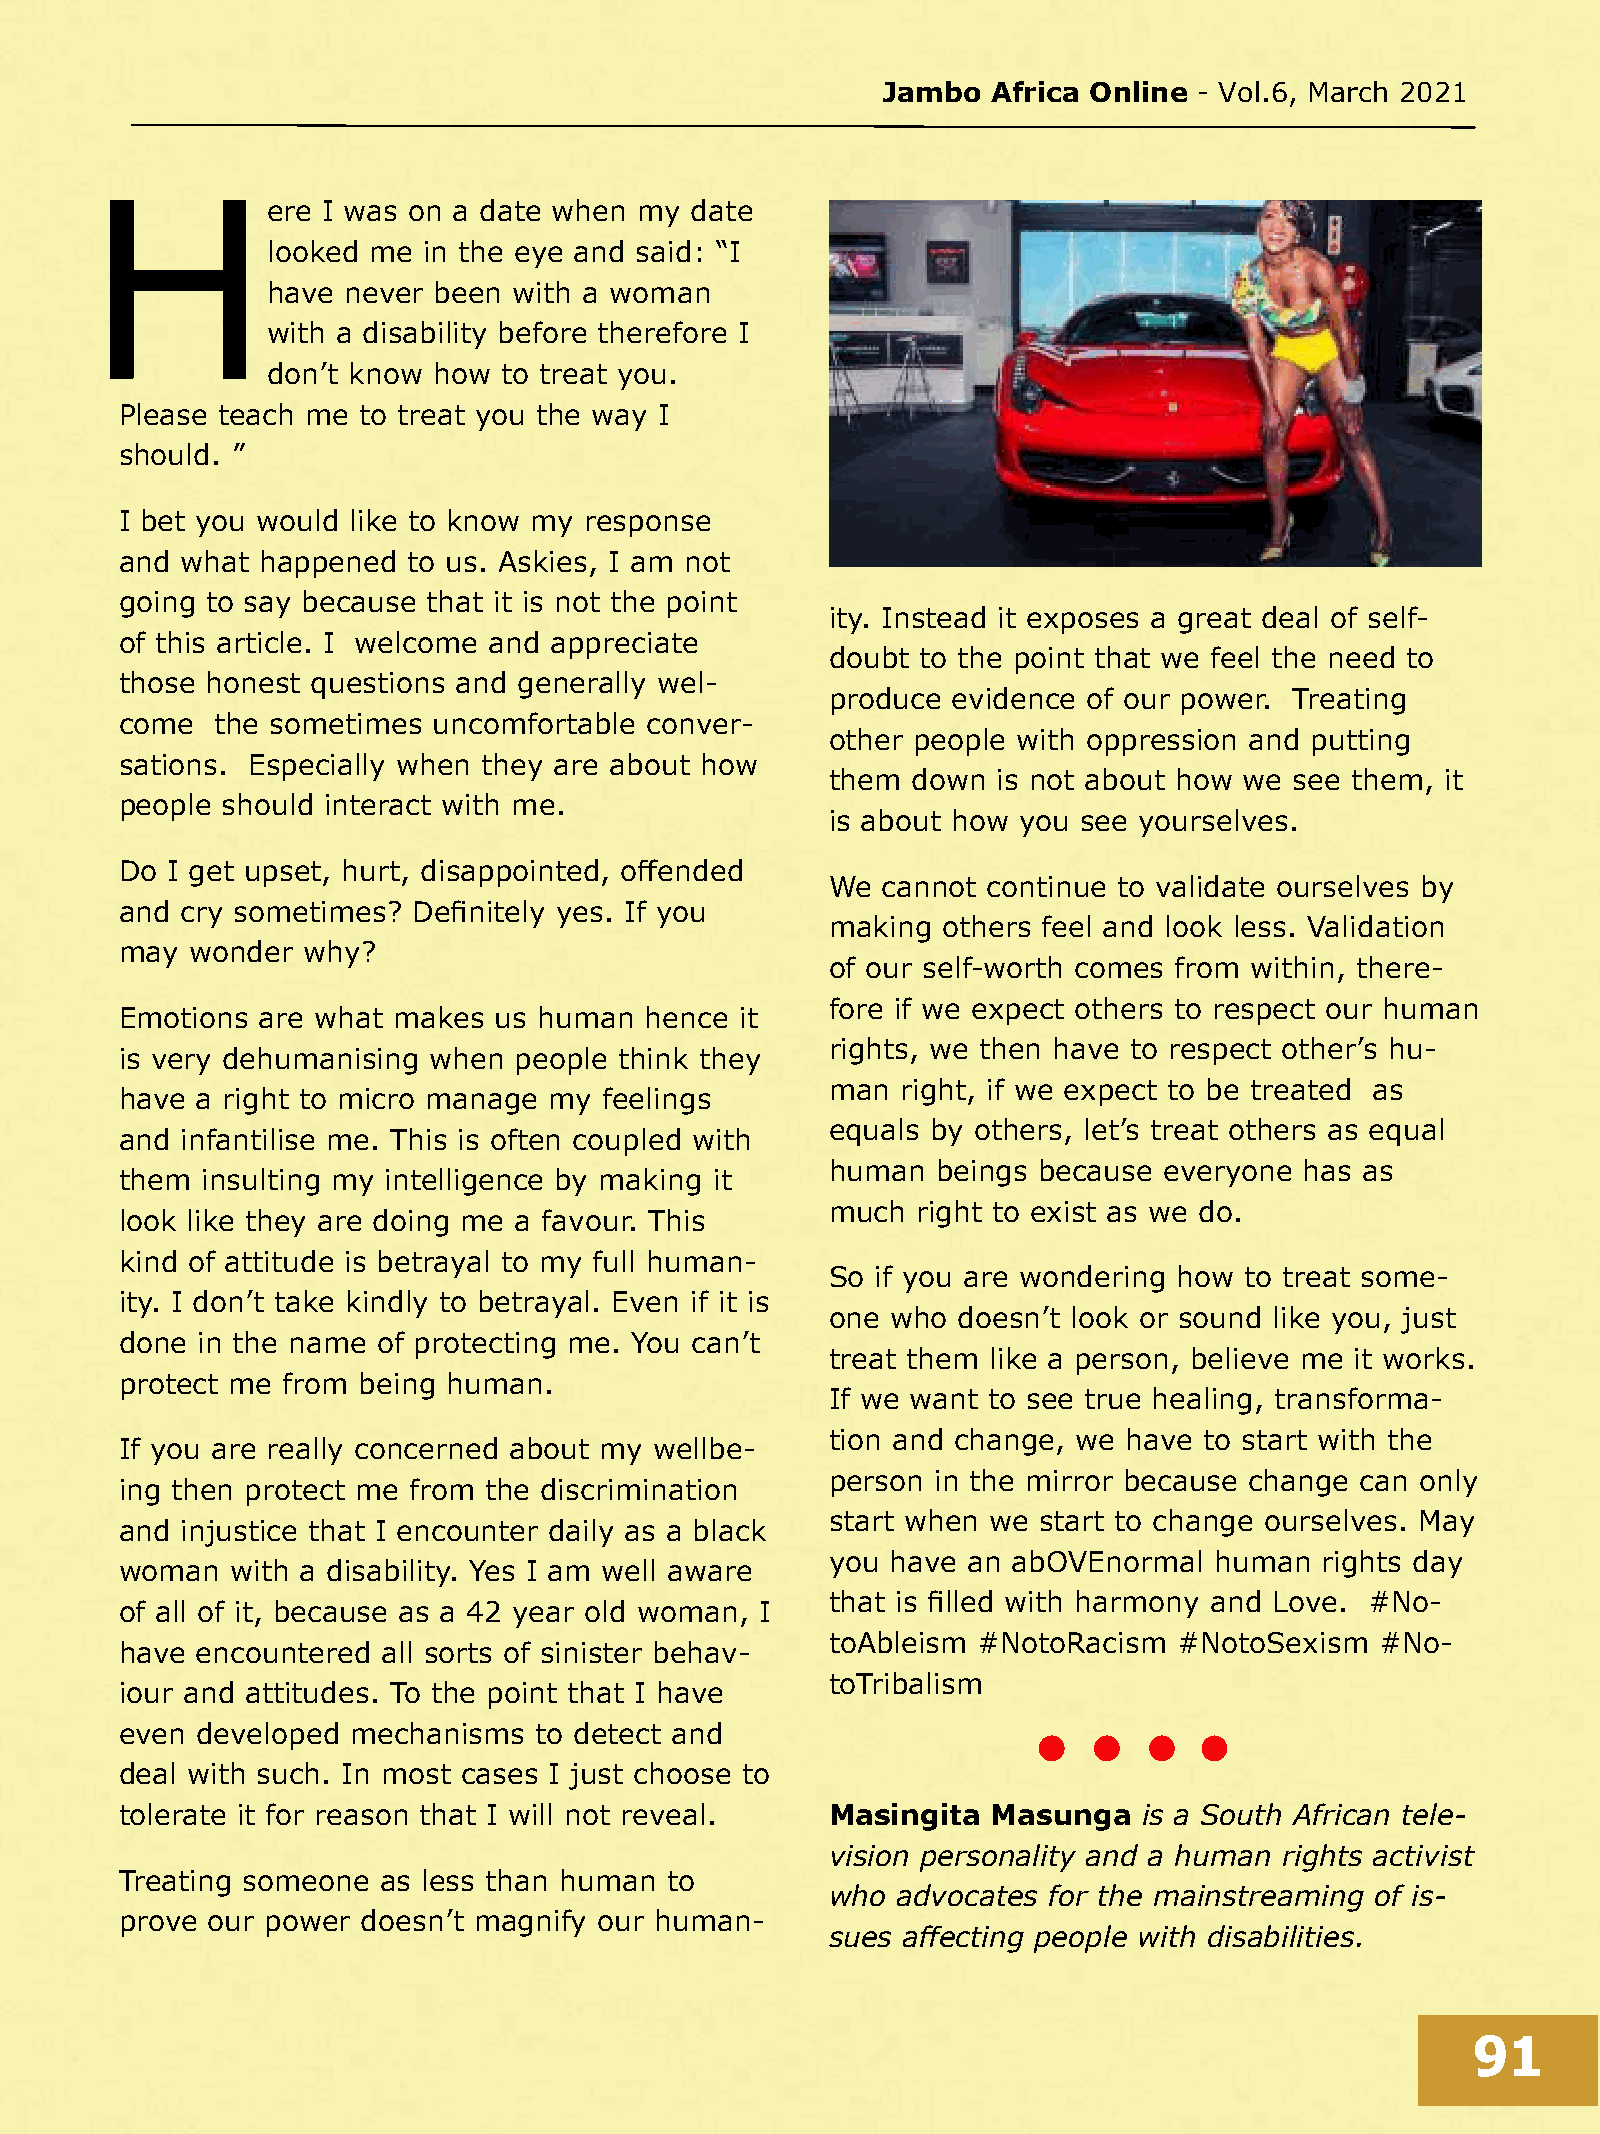
Jambo   Africa Online - Vol.6, March 2021
 H
 ere I was on a date when my date
 looked me in the eye and said: “I
 have never been with a woman
 with a disability before therefore I
 don’t know how to treat you.
 Please teach me to treat you the way I
 should. ”
 I bet you would like to know my response
 and what happened  to us. Askies, I am not
 going to say because that it is not the point
 ity. Instead it exposes a great deal of self-
 of this article. I welcome and appreciate
 doubt to the point that we feel the need to
 those honest questions and generally wel-
 produce evidence of our power. Treating
 come  the sometimes  uncomfortable conver-
 other people with oppression and putting
 sations. Especially when they are about how
 them down  is not about how we see them, it
 people should interact with me.
 is about how you see yourselves.
 Do I get upset, hurt, disappointed, offended
 We cannot continue to validate ourselves by
 and cry sometimes? Definitely yes. If you
 making others feel and look less. Validation
 may  wonder why?
 of our self-worth comes from within, there-
 fore if we expect others to respect our human
 Emotions are what makes  us human  hence it
 rights, we then have to respect other’s hu-
 is very dehumanising when people think they
 man  right, if we expect to be treated as
 have a right to micro manage my feelings
 equals by others, let’s treat others as equal
 and infantilise me. This is often coupled with
 human  beings because everyone has as
 them insulting my intelligence by making it
 much  right to exist as we do.
 look like they are doing me a favour. This
 kind of attitude is betrayal to my full human-
 So if you are wondering how to treat some-
 ity. I don’t take kindly to betrayal. Even if it is
 one who doesn’t look or sound like you, just
 done in the name of protecting me. You can’t
 treat them like a person, believe me it works.
 protect me from being human.
 If we want to see true healing, transforma-
 tion and change, we have to start with the
 If you are really concerned about my wellbe-
 person in the mirror because change can only
 ing then protect me from the discrimination
 start when we start to change ourselves. May
 and injustice that I encounter daily as a black
 you have an abOVEnormal  human   rights day
 woman  with a disability. Yes I am well aware
 that is filled with harmony and Love. #No-
 of all of it, because as a 42 year old woman, I
 toAbleism #NotoRacism  #NotoSexism  #No-
 have encountered all sorts of sinister behav-
 toTribalism
 iour and attitudes. To the point that I have
 even developed mechanisms  to detect and
 deal with such. In most cases I just choose to
 tolerate it for reason that I will not reveal. Masingita  Masunga   is a South African tele-
 vision personality and a human rights activist
 Treating someone as less than human to
 who advocates for the mainstreaming of is-
 prove our power doesn’t magnify our human-
 sues affecting people with disabilities.
 91